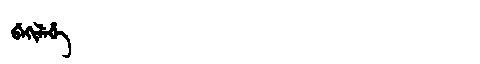
Manchu: ᠪᡝᡴᡳᠯᡝᡥᡝ
Romanization: BEKILEHE